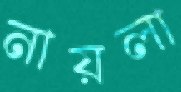
নায়লা